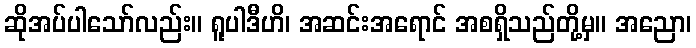
ဆိုအပ်ပါသော်လည်း။ ရူပါဒီဟိ၊ အဆင်းအရောင် အစရှိသည်တို့မှ။ အညော၊